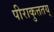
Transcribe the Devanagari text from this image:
पीराकुत्ततय्